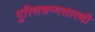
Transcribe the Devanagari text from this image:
पुरिसधम्मसारथी